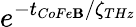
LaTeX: e^{-t_{CoFe\mathbf{B}}/\zeta_{THz}}